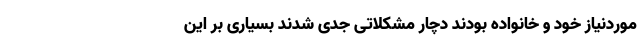
موردنیاز خود و خانواده بودند دچار مشکلاتی جدی شدند بسیاری بر این